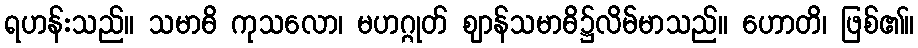
ရဟန်းသည်။ သမာဓိ ကုသလော၊ မဟဂ္ဂုတ် ဈာန်သမာဓိ၌လိမ်မာသည်။ ဟောတိ၊ ဖြစ်၏။